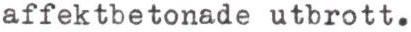
affektbetonade utbrott.